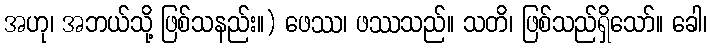
အဟု၊ အဘယ်သို့ ဖြစ်သနည်း။) ဖေဿ၊ ဖဿသည်။ သတိ၊ ဖြစ်သည်ရှိသော်။ ခေါ၊